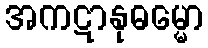
အကဋာနုဓမ္မော